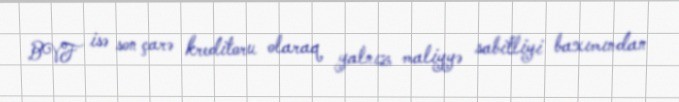
BVF isə son çarə kreditoru olaraq yalnız maliyyə sabitliyi baxımından